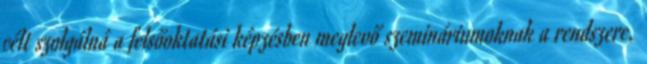
célt szolgálná a felsőoktatási képzésben meglevő szemináriumoknak a rendszere,